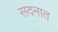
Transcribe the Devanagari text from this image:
सदनात